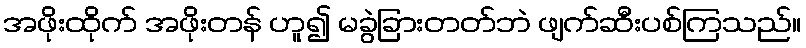
အဖိုးထိုက် အဖိုးတန် ဟူ၍ မခွဲခြားတတ်ဘဲ ဖျက်ဆီးပစ်ကြသည်။